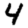
Digit: 4